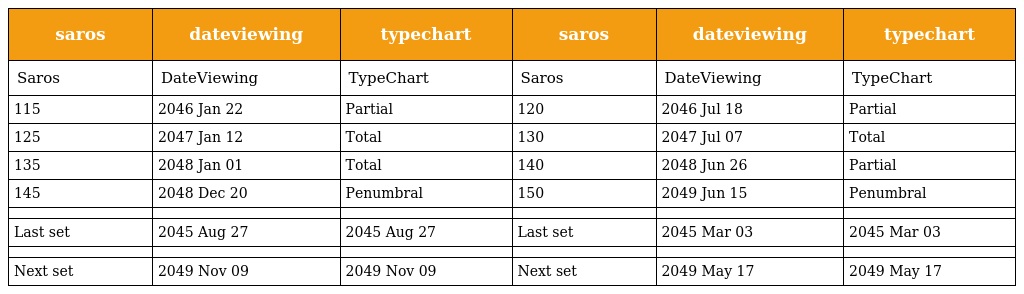
| saros | dateviewing | typechart | saros | dateviewing | typechart |
 | --- | --- | --- | --- | --- | --- |
 | Saros | DateViewing | TypeChart | Saros | DateViewing | TypeChart |
 | 115 | 2046 Jan 22 | Partial | 120 | 2046 Jul 18 | Partial |
 | 125 | 2047 Jan 12 | Total | 130 | 2047 Jul 07 | Total |
 | 135 | 2048 Jan 01 | Total | 140 | 2048 Jun 26 | Partial |
 | 145 | 2048 Dec 20 | Penumbral | 150 | 2049 Jun 15 | Penumbral |
 |  |  |  |  |  |  |
 | Last set | 2045 Aug 27 | 2045 Aug 27 | Last set | 2045 Mar 03 | 2045 Mar 03 |
 |  |  |  |  |  |  |
 | Next set | 2049 Nov 09 | 2049 Nov 09 | Next set | 2049 May 17 | 2049 May 17 |